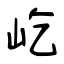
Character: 屹